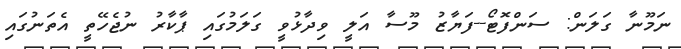
ނަމޫނާ ގަލަން: ސަންފޮޓޯ--ފަޔާޒު މޫސާ އަލީ ވިދާޅުވީ ގަލަމުގައި ޕާކާރު ނުޖެހޭތީ އެތަނުގައި